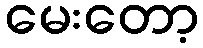
မေးတော့